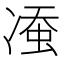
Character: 𱐈